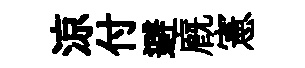
涼付避廐憲